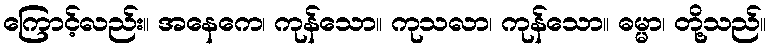
ကြောင့်လည်း။ အနေကေ၊ ကုန်သော။ ကုသလာ၊ ကုန်သော။ ဓမ္မာ၊ တို့သည်။